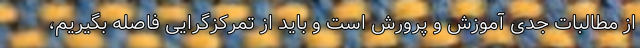
از مطالبات جدی آموزش و پرورش است و باید از تمرکزگرایی فاصله بگیریم،